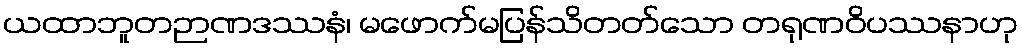
ယထာဘူတဉာဏဒဿနံ၊ မဖောက်မပြန်သိတတ်သော တရုဏဝိပဿနာဟု